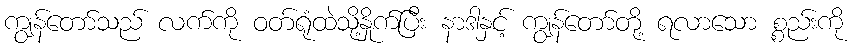
ကျွန်တော်သည် လက်ကို ဝတ်ရုံထဲသို့နှိုက်ပြီး နာဒါနှင့် ကျွန်တော်တို့ ရလာသော စ္စည်းကို